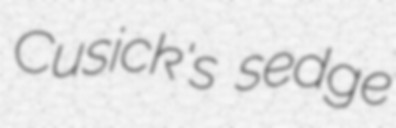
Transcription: Cusick's sedge